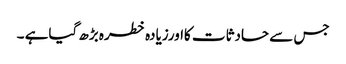
جس سے حادثات کااورزیادہ خطرہ بڑھ گیاہے ۔